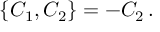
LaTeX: \{ { \cal C } _ { 1 } , { \cal C } _ { 2 } \} = - { \cal C } _ { 2 } \, .